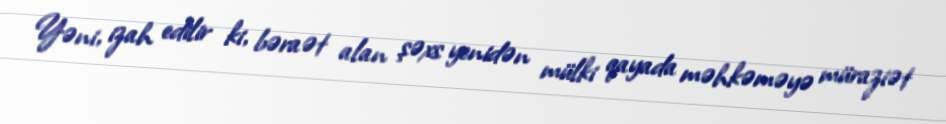
Yəni, izah edilir ki, bəraət alan şəxs yenidən mülki qayada məhkəməyə müraziət